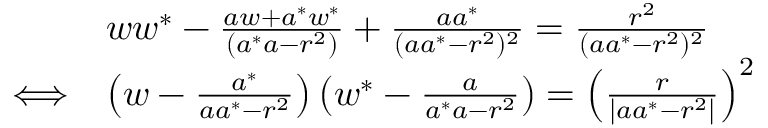
{ \begin{array} { r l } & { w w ^ { * } - { \frac { a w + a ^ { * } w ^ { * } } { ( a ^ { * } a - r ^ { 2 } ) } } + { \frac { a a ^ { * } } { ( a a ^ { * } - r ^ { 2 } ) ^ { 2 } } } = { \frac { r ^ { 2 } } { ( a a ^ { * } - r ^ { 2 } ) ^ { 2 } } } } \\ { \Longleftrightarrow } & { \left( w - { \frac { a ^ { * } } { a a ^ { * } - r ^ { 2 } } } \right) \left( w ^ { * } - { \frac { a } { a ^ { * } a - r ^ { 2 } } } \right) = \left( { \frac { r } { \left| a a ^ { * } - r ^ { 2 } \right| } } \right) ^ { 2 } } \end{array} }